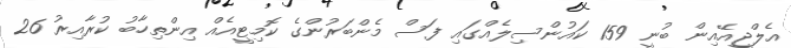
އެލްޖީއޭއިން ބުނީ 159 ކައުންސިލެއްގައި ފަސް މެންބަރުންގެ ކޮމިޓީއެއް އިންތިހާބު ކުރާއިރު 26